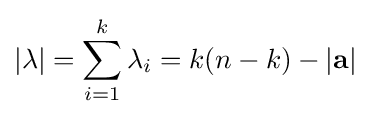
|\lambda |=\sum _{i=1}^{k}\lambda _{i}=k(n-k)-|\mathbf {a} |